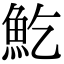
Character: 䰴